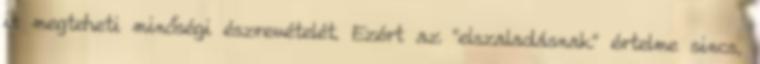
is megteheti minőségi észrevételét. Ezért az “elszaladásnak” értelme sincs,